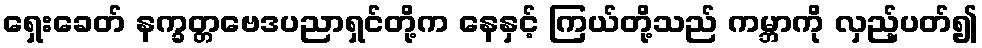
ရှေးခေတ် နက္ခတ္တဗေဒပညာရှင်တို့က နေနှင့် ကြယ်တို့သည် ကမ္ဘာကို လှည့်ပတ်၍